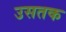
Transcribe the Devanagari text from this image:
उसतक